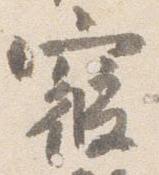
寝